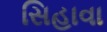
સિહાવા